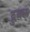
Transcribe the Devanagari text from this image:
द्रुबल